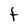
Character: t